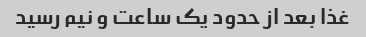
غذا بعد از حدود یک ساعت و نیم رسید